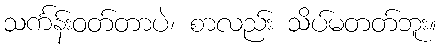
သင်္ကန်းဝတ်တာပဲ၊ စာလည်း သိပ်မတတ်ဘူး။